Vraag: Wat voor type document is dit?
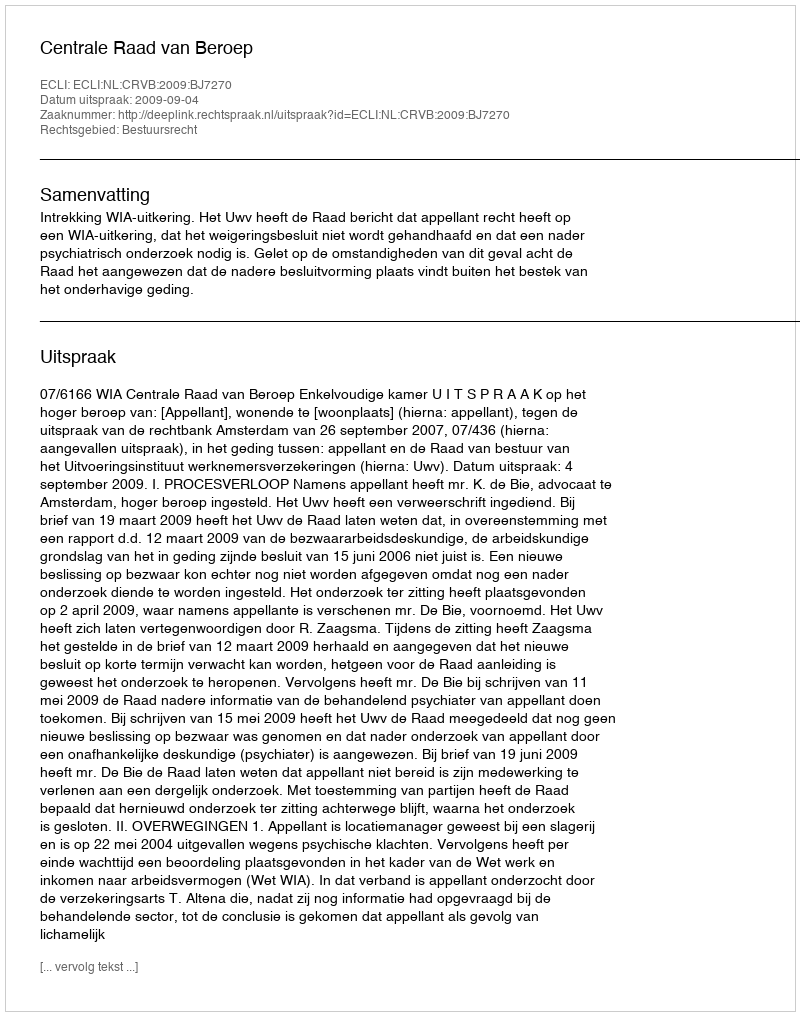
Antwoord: Uitspraak